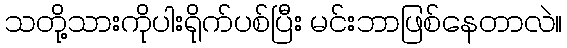
သတို့သားကိုပါးရိုက်ပစ်ပြီး မင်းဘာဖြစ်နေတာလဲ။